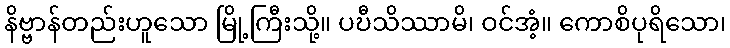
နိဗ္ဗာန်တည်းဟူသော မြို့ကြီးသို့။ ပဎီသိဿာမိ၊ ဝင်အံ့။ ကောစိပုရိသော၊